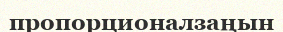
пропорционалзаңын